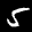
Label: 5